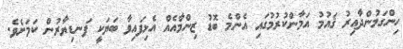
ހިންގަމުންދާއިރު ޤައުމު އަމާންކުރުމުގައި އެންމެ ބޮޑު ޒިންމާއެއް އެޅިފައިވާ ބަޔަކީ ފަނޑިޔާރުން ކަމަށެވެ.